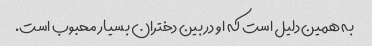
به همین دلیل است که او در بین دختران بسیار محبوب است.